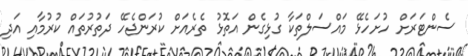
ސެންޓަރަށް ހުށަހެޅޭ މައްސަލްތަކާ ގުޅިގެން އަތޮޅު ތެރެއަށް ކުރަންޖެހޭ ދަތުރުތައް ކުރުމާއި އަދި